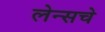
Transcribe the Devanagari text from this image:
लेन्सचे